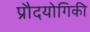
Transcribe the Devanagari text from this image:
प्रौदयोगिकी